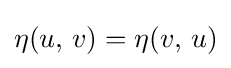
\eta (u,\,v)=\eta (v,\,u)